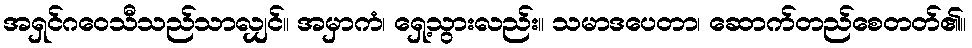
အရှင်ဂဝေသီသည်သာလျှင်။ အမှာကံ၊ ရှေ့သွားလည်း။ သမာဒပေတာ၊ ဆောက်တည်စေတတ်၏။